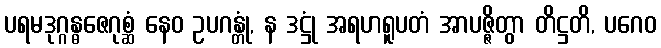
ပရမဒုဂ္ဂန္ဓဇေဂုစ္ဆံ နေဝ ဥပဂန္တုံ, န ဒဋ္ဌုံ အရဟရူပတံ အာပဇ္ဇိတွာ တိဋ္ဌတိ, ပဂေဝ